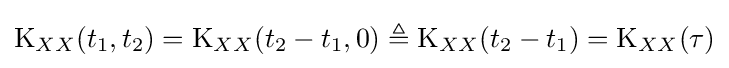
\operatorname {K} _{XX}(t_{1},t_{2})=\operatorname {K} _{XX}(t_{2}-t_{1},0)\triangleq \operatorname {K} _{XX}(t_{2}-t_{1})=\operatorname {K} _{XX}(\tau )